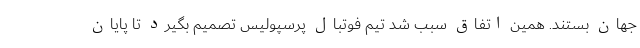
جهان بستند. همین اتفاق سبب شد تیم فوتبال پرسپولیس تصمیم بگیرد تا پایان